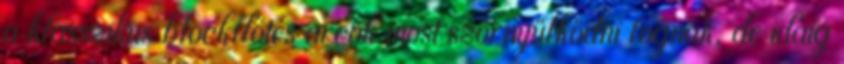
a klasszikus blockflőtés arcok most szörnyülködni fognak, de idáig